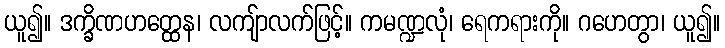
ယူ၍။ ဒက္ခိဏဟတ္ထေန၊ လကျ်ာလက်ဖြင့်။ ကမဏ္ဍလုံ၊ ရေကရားကို။ ဂဟေတွာ၊ ယူ၍။